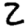
Digit: 2